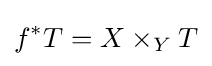
f^{*}T=X\times _{Y}T